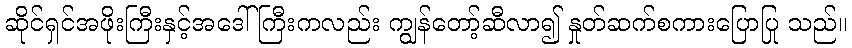
ဆိုင်ရှင်အဖိုးကြီးနှင့်အဒေါ်ကြီးကလည်း ကျွန်တော့်ဆီလာ၍ နှုတ်ဆက်စကားပြောပြု သည်။